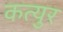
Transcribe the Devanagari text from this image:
कत्युर